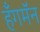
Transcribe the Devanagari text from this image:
हँगमॅन